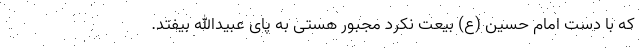
که با دست امام حسین (ع) بیعت نکرد مجبور هستی به پای عبیدالله بیفتد.